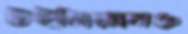
উইলিয়ামও